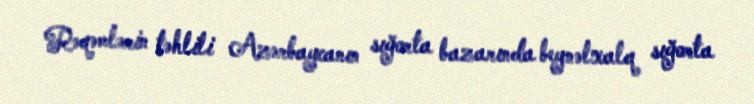
Rəqəmlərin təhlili Azərbaycanın sığorta bazarında beynəlxalq sığorta